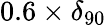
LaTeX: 0.6\times\delta_{90}